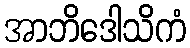
အာဘိဒေါသိကံ